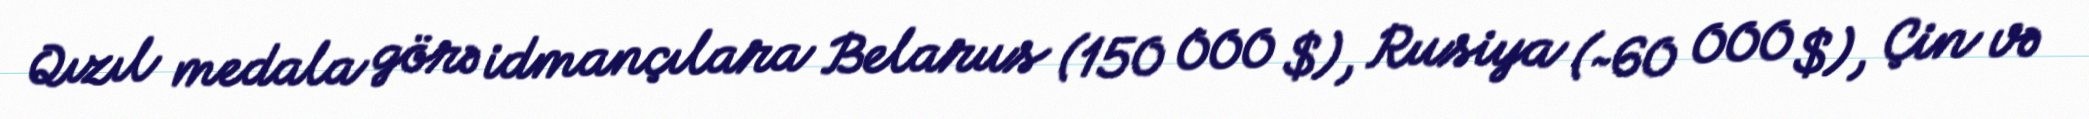
Qızıl medala görə idmançılara Belarus (150 000 $), Rusiya (~60 000 $), Çin və